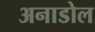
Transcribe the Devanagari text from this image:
अनाडोल